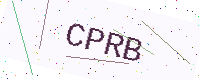
Text: CPRB